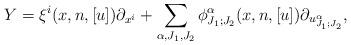
LaTeX: \begin{align*}Y=\xi^i(x,n,[u])\partial_{x^i}+\sum_{\alpha,J_1,J_2}\phi^{\alpha}_{J_1;J_2}(x,n,[u])\partial_{u^{\alpha}_{J_1;J_2}},\end{align*}